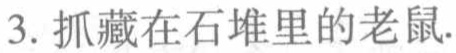
3. 抓藏在石堆里的老鼠.